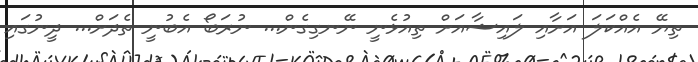
ތިޔޭ އެއްކަލަ އަށާއި ލައިޝާއަށް ތިއުޅެނީ ނޭނގިގެން... ނުރަބޯ އެބުނީ ތެދަށް... ދީނުގައި